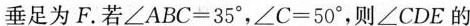
垂足为F。若$$∠ A B C = 3 5 °$$，$$∠ C = 5 0 °$$，则∠CDE的